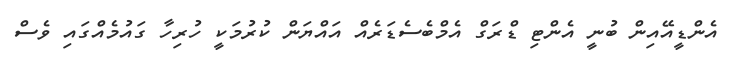
އެންޑީއޭއިން ބުނީ އެންޓި ޑްރަގް އެމްބެސެޑަރެއް އައްޔަން ކުރުމަކީ ހުރިހާ ގައުމެއްގައި ވެސް